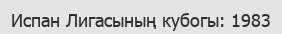
Испан Лигасының кубогы: 1983